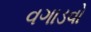
વગાડવો